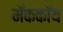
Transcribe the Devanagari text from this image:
मॅककॉय